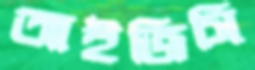
আইজিসি